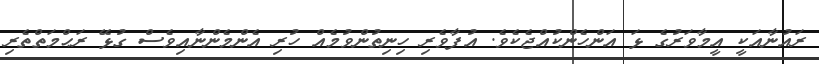
ރައުނާއަކީ އީމާވަރުގެ ޅަ އަންހެންކުއްޖެކެވެ. އުފާވެރި ހިނިތުންވުމެއް ހުރި އެންމެންނާއިވެސް ގުޅޭ ރަޙްމަތްތެރި